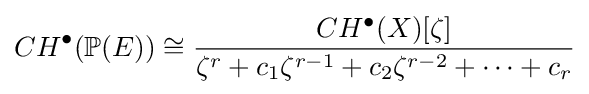
CH^{\bullet }(\mathbb {P} (E))\cong {\frac {CH^{\bullet }(X)[\zeta ]}{\zeta ^{r}+c_{1}\zeta ^{r-1}+c_{2}\zeta ^{r-2}+\cdots +c_{r}}}